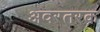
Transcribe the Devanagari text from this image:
अवरतरक